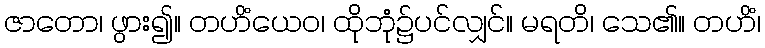
ဇာတော၊ ဖွား၍။ တဟိံယေဝ၊ ထိုဘုံ၌ပင်လျှင်။ မရတိ၊ သေ၏။ တဟိံ၊